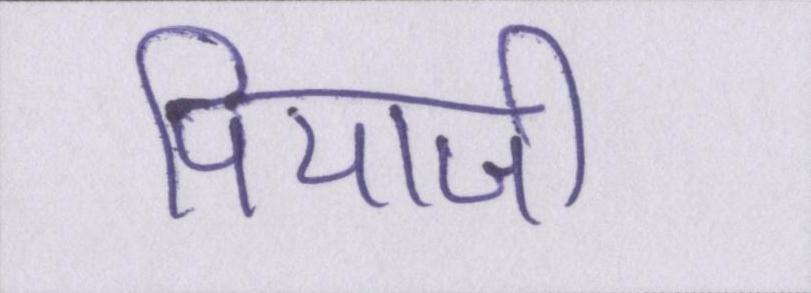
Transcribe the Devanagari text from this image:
पियाजी